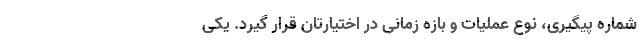
شماره پیگیری، نوع عملیات و بازه زمانی در اختیارتان قرار گیرد. یکی